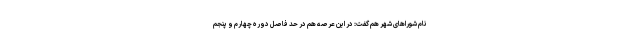
نام شوراهای شهر هم گفت: در این عرصه هم در حد فاصل دوره چهارم و پنجم